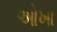
ઓખા